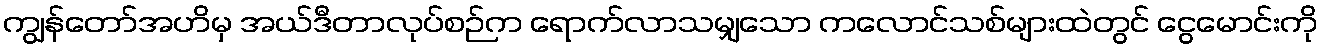
ကျွန်တော်အဟိမှ အယ်ဒီတာလုပ်စဉ်က ရောက်လာသမျှသော ကလောင်သစ်များထဲတွင် ငွေမောင်းကို